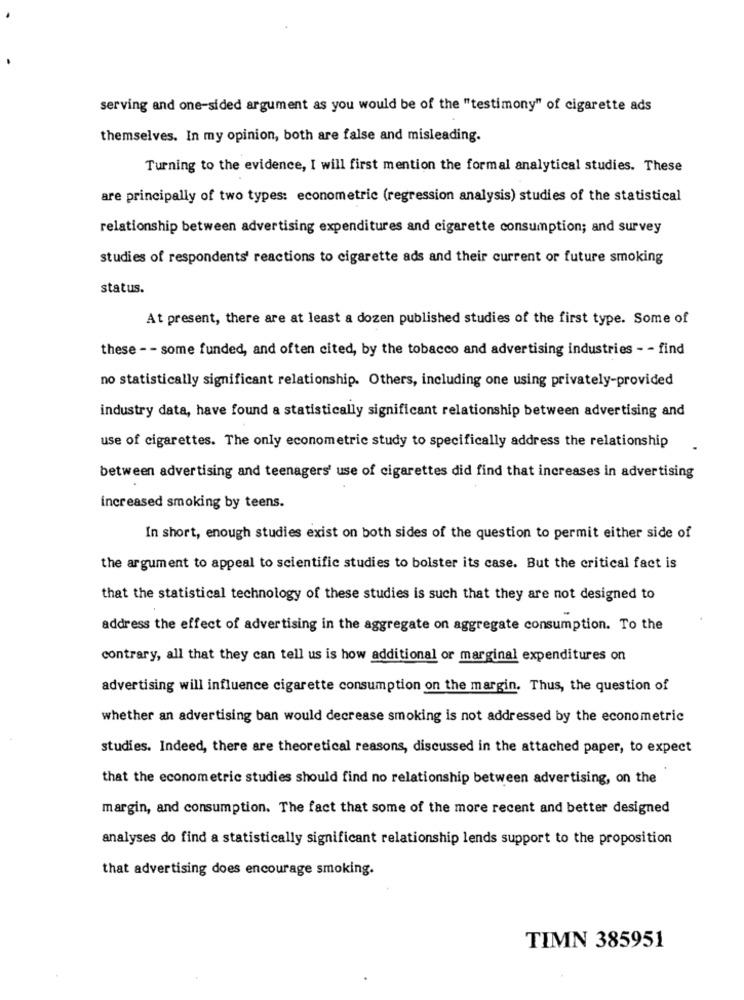
serving and one-sided argument as you would be of the "testimony" of cigarette ads
themselves. In my opinion, both are false and misleading.
Turning to the evidence, I will first mention the formal analytical studies. These
are principally of two types: econometric (regression analysis) studies of the statistical
relationship between advertising expenditures and cigarette consumption; and survey
studies of respondents' reactions to cigarette ads and their current or future smoking
status.
At present, there are at least a dozen published studies of the first type. Some of
these - - some funded, and often cited, by the tobacco and advertising industries - - find
no statistically significant relationship. Others, including one using privately-provided
industry data, have found a statistically significant relationship between advertising and
use of cigarettes. The only econometric study to specifically address the relationship
between advertising and teenagers' use of cigarettes did find that increases in advertising
increased smoking by teens.
In short, enough studies exist on both sides of the question to permit either side of
the argument to appeal to scientific studies to bolster its case. But the critical fact is
that the statistical technology of these studies is such that they are not designed to
address the effect of advertising in the aggregate on aggregate consumption. To the
contrary, all that they can tell us is how additional or marginal expenditures on
advertising will influence cigarette consumption on the margin. Thus, the question of
whether an advertising ban would decrease smoking is not addressed by the econometric
studies. Indeed, there are theoretical reasons, discussed in the attached paper, to expect
that the econometric studies should find no relationship between advertising, on the
margin, and consumption. The fact that some of the more recent and better designed
analyses do find a statistically significant relationship lends support to the proposition
that advertising does encourage smoking.
TIMN 385951